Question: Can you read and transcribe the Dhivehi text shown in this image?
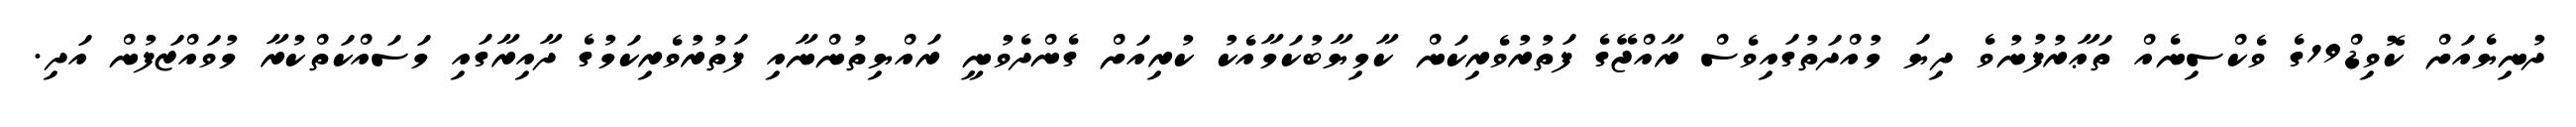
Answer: ދުނިޔެއަށް ކޮވިޑް19ގެ ވެކްސިނެއް ތަޢާރުފުނުވެ ދިޔަ މުއްދަތުގައިވެސް ރާއްޖޭގެ ފަތުރުވެރިކަން ކާމިޔާބުކަމާއެކު ކުރިއަށް ގެންދެވުނީ ރައްޔިތުންނާއި ފަތުރުވެރިކަމުގެ ދާއިރާގައި މަސައްކަތްކުރާ މުވައްޒަފުން އަދި.